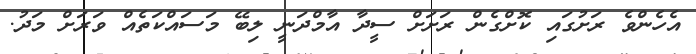
އެހެންވެ ރަށުގައި ކޮށްގެން ރަށަށް ސީދާ އާމްދަނީ ލިބޭ މަސައްކަތެއް ވަރަށް މަދު.